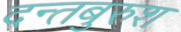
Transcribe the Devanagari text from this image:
दन्तबुरुश